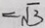
= \sqrt { 3 }